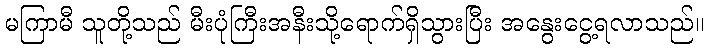
မကြာမီ သူတို့သည် မီးပုံကြီးအနီးသို့ရောက်ရှိသွားပြီး အနွေးငွေ့ရလာသည်။